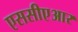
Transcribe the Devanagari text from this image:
एससीएआर